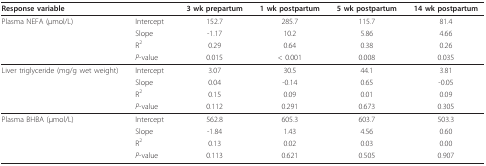
<table><thead><tr><td><b>Response variable</b></td><td></td><td><b>3 wk prepartum</b></td><td><b>1 wk postpartum</b></td><td><b>5 wk postpartum</b></td><td><b>14 wk postpartum</b></td></tr></thead><tbody><tr><td>Plasma NEFA (μmol/L)</td><td>Intercept</td><td>152.7</td><td>285.7</td><td>115.7</td><td>81.4</td></tr><tr><td></td><td>Slope</td><td>-1.17</td><td>10.2</td><td>5.86</td><td>4.66</td></tr><tr><td></td><td>R<sup>2</sup></td><td>0.29</td><td>0.64</td><td>0.38</td><td>0.26</td></tr><tr><td></td><td><i>P</i>-value</td><td>0.015</td><td>&lt; 0.001</td><td>0.008</td><td>0.035</td></tr><tr><td>Liver triglyceride (mg/g wet weight)</td><td>Intercept</td><td>3.07</td><td>30.5</td><td>44.1</td><td>3.81</td></tr><tr><td></td><td>Slope</td><td>0.04</td><td>-0.14</td><td>0.65</td><td>-0.05</td></tr><tr><td></td><td>R<sup>2</sup></td><td>0.15</td><td>0.09</td><td>0.01</td><td>0.09</td></tr><tr><td></td><td><i>P</i>-value</td><td>0.112</td><td>0.291</td><td>0.673</td><td>0.305</td></tr><tr><td>Plasma BHBA (μmol/L)</td><td>Intercept</td><td>562.8</td><td>605.3</td><td>603.7</td><td>503.3</td></tr><tr><td></td><td>Slope</td><td>-1.84</td><td>1.43</td><td>4.56</td><td>0.60</td></tr><tr><td></td><td>R<sup>2</sup></td><td>0.13</td><td>0.02</td><td>0.03</td><td>0.00</td></tr><tr><td></td><td><i>P</i>-value</td><td>0.113</td><td>0.621</td><td>0.505</td><td>0.907</td></tr></tbody></table>